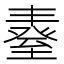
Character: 𦥆